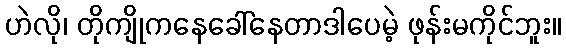
ဟဲလို၊ တိုကျိုကနေခေါ်နေတာဒါပေမဲ့ ဖုန်းမကိုင်ဘူး။